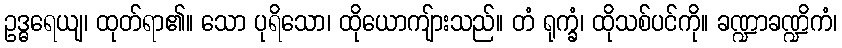
ဥဒ္ဓရေယျ၊ ထုတ်ရာ၏။ သော ပုရိသော၊ ထိုယောကျ်ားသည်။ တံ ရုက္ခံ၊ ထိုသစ်ပင်ကို။ ခဏ္ဍာခဏ္ဍိကံ၊